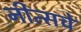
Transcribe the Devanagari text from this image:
नीत्सचे